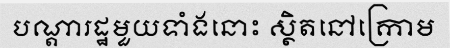
បណ្តារដ្ឋមួយទាំងនោះ ស្ថិតនៅក្រោម